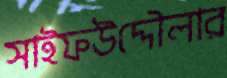
সাইফউদ্দৌলার